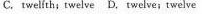
c. tweiith; twelve D. Twelve; twelve